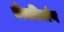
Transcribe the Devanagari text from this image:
चैत्यनिर्माण